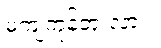
မကျကုန်ဘူးလား။